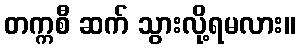
တက္ကစီ ဆက် သွားလို့ရမလား။